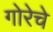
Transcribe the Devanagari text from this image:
गोरेचे